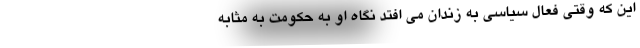
این که وقتی فعال سیاسی به زندان می افتد نگاه او به حکومت به مثابه